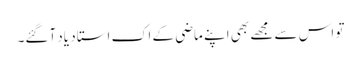
تو اس سے مجھے بھی اپنے ماضی کے اک استاد یاد آگئے۔